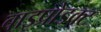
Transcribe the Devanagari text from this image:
बाइप्रोडक्ट